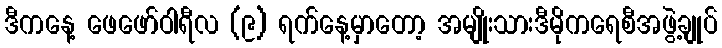
ဒီကနေ့ ဖေဖော်ဝါရီလ (၉) ရက်နေ့မှာတော့ အမျိုးသားဒီမိုကရေစီအဖွဲ့ချုပ်